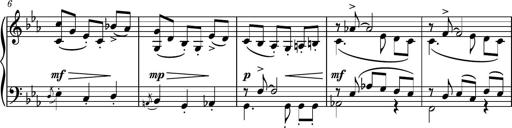
Title: Piano Sonatina No.5
Composer: Dimitri Sykias
Key: C minor